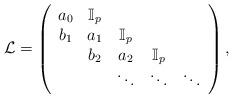
LaTeX: \begin{align*}\mathcal{L}=\left(\begin{array}{ccccc}a_0&\mathbb{I}_p&&&\\b_1&a_1&\mathbb{I}_p&&\\&b_2&a_2&\mathbb{I}_p&\\&&\ddots&\ddots&\ddots\end{array}\right),\end{align*}